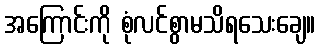
အကြောင်းကို စုံလင်စွာမသိရသေးချေ။